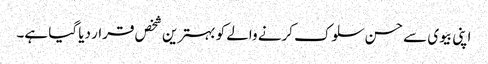
اپنی بیوی سے حسن سلوک کرنے والے کو بہترین شخص قرار دیا گیا ہے۔